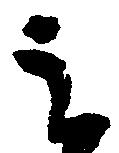
云